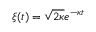
\xi ( t ) = \sqrt { 2 \kappa } e ^ { - \kappa t }